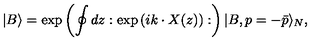
| B \rangle = \exp \left( \oint d z : \exp \left( i k \cdot X ( z ) \right) : \right) | B , p = - \bar { p } \rangle _ { N } ,